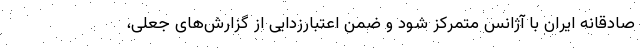
صادقانه ایران با آژانس متمرکز شود و ضمن اعتبارزدایی از گزارش‌های جعلی،